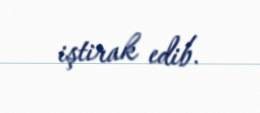
iştirak edib.